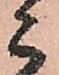
こ